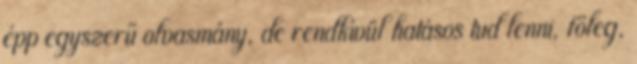
épp egyszerű olvasmány, de rendkívül hatásos tud lenni, főleg,